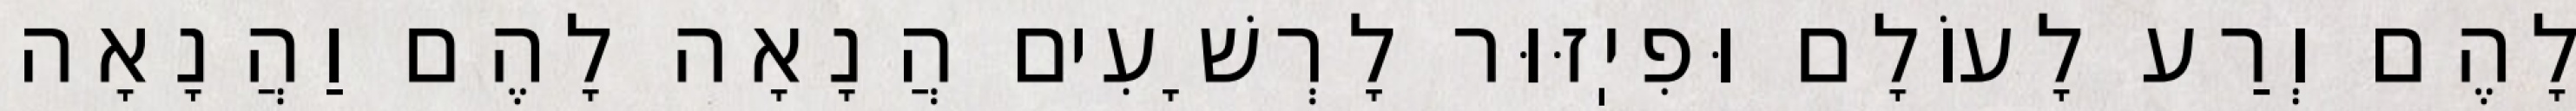
לָהֶם וְרַע לָעוֹלָם וּפִיֽזּוּר לָרְשָׁעִים הֲנָאָה לָהֶם וַהֲנָאָה